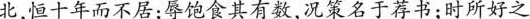
北，恒十年而不居；辱饱食其有数，况策名于荐书；时所好之